First report of the anti-malarial operations at Mian Mir, 1901-1903 - Number 6
Year: 1901
Disease focus: Malaria
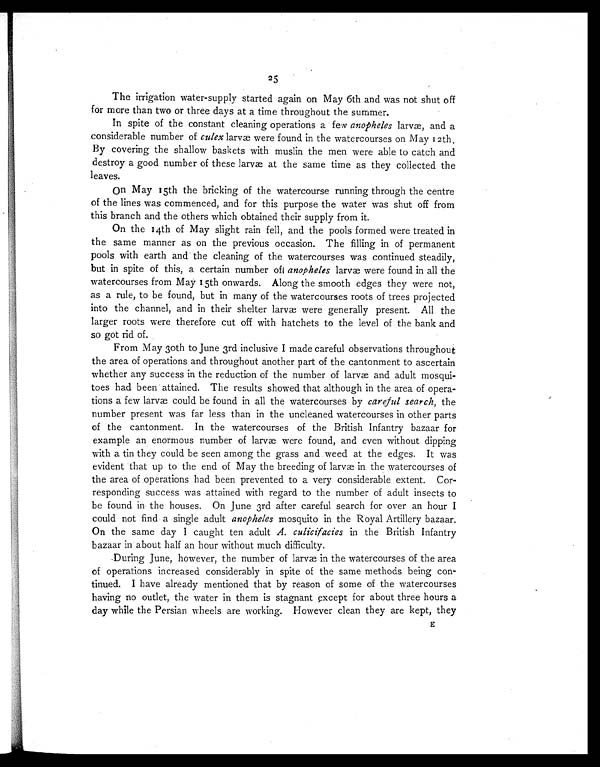
25
The irrigation water-supply started again on May 6th and was not shut off
for more than two or three days at a time throughout the summer.
In spite of the constant cleaning operations a few anopheles larvæ, and a
considerable number of culex larvæ were found in the watercourses on May 12th
By covering the shallow baskets with muslin the men were able to catch and
destroy a good number of these larvæ at the same time as they collected the
leaves.
On May 15th the bricking of the watercourse running through the centre
of the lines was commenced, and for this purpose the water was shut off from
this branch and the others which obtained their supply from it.
On the 14th of May slight rain fell, and the pools formed were treated in
the same manner as on the previous occasion. The filling in of permanent
pools with earth and the cleaning of the watercourses was continued steadily,
but in spite of this, a certain number of anopheles larvæ were found in all the
watercourses from May 15th onwards. Along the smooth edges they were not,
as a rule, to be found, but in many of the watercourses roots of trees projected
into the channel, and in their shelter larvae were generally present. All the
larger roots were therefore cut off with hatchets to the level of the bank and
so got rid of.
From May 30th to June 3rd inclusive I made careful observations throughout
the area of operations and throughout another part of the cantonment to ascertain
whether any success in the reduction of the number of larvae and adult mosqui
-toes had been attained. The results showed that although in the area of opera
-tions a few larvæ could be found in all the watercourses by careful search, the
number present was far less than in the uncleaned watercourses in other parts
of the cantonment. In the watercourses of the British Infantry bazaar for
example an enormous number of larvæ were found, and even without dipping
with a tin they could be seen among the grass and weed at the edges. It was
evident that up to the end of May the breeding of larvæ in the watercourses of
the area of operations had been prevented to a very considerable extent. Cor
-responding success was attained with regard to the number of adult insects to
be found in the houses. On June 3rd after careful search for over an hour I
could not find a single adult anopheles mosquito in the Royal Artillery bazaar.
On the same day I caught ten adult A. culicifacies in the British Infantry
bazaar in about half an hour without much difficulty.
During June, however, the number of larvæ in the watercourses of the area
of operations increased considerably in spite of the same methods being con
-tinued. I have already mentioned that by reason of some of the watercourses
having no outlet, the water in them is stagnant except for about three hours a
day while the Persian wheels are working. However clean they are kept, they
E